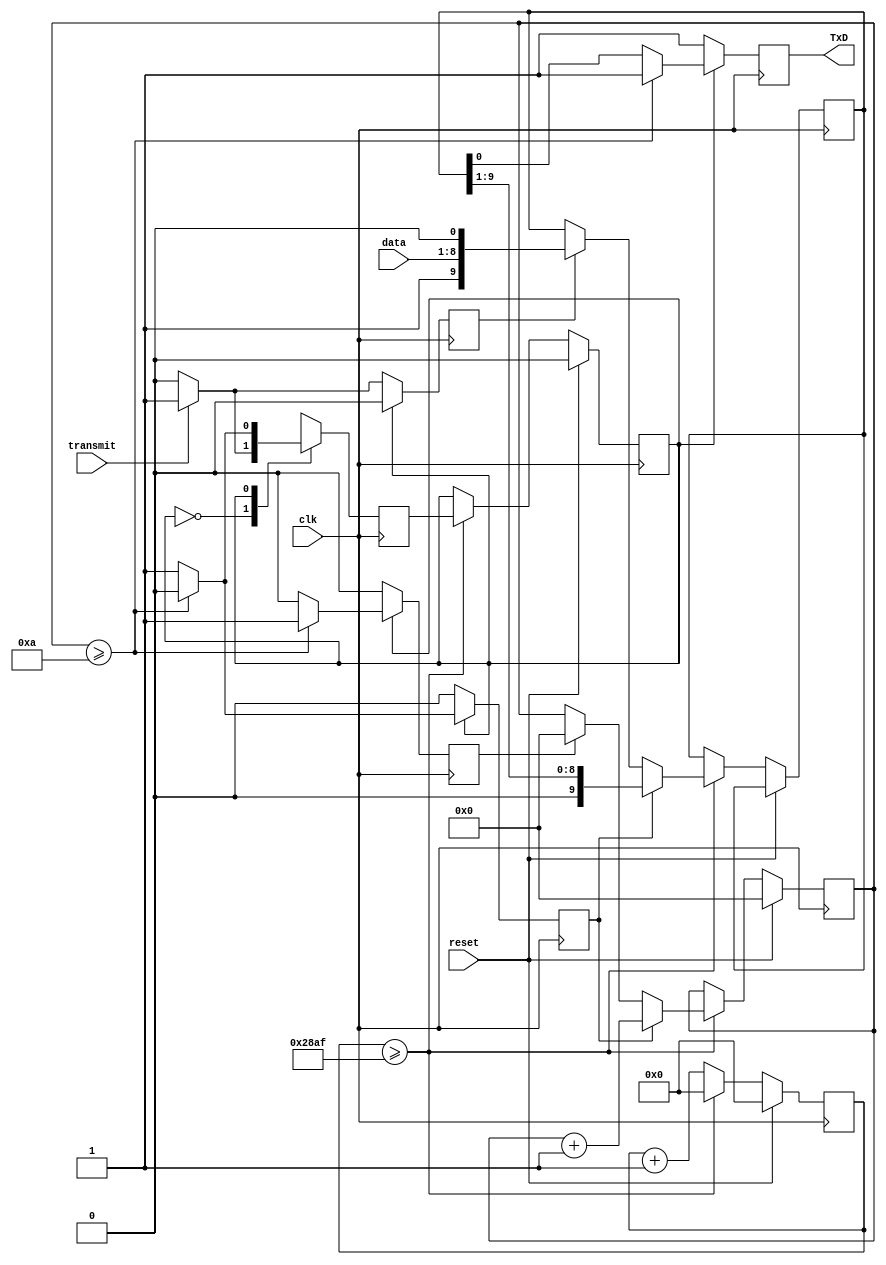
`timescale 1ns / 1ps
//////////////////////////////////////////////////////////////////////////////////
// Company: 
// Engineer: 
// 
// Design Name: 
// Module Name: transmitter
// Project Name: 
// Target Devices: 
// Tool Versions: 
// Description: 
// 
// Dependencies: 
// 
// Revision:
// Revision 0.01 - File Created
// Additional Comments:
// 
//////////////////////////////////////////////////////////////////////////////////


module transmitter(
input clk, 
input reset, 
input transmit, 
input [7:0] data, 
output reg TxD 
    );


reg [3:0] bitcounter; 
reg [13:0] counter; 
reg state,nextstate; 

reg [9:0] rightshiftreg; 
reg shift; 
reg load;
reg clear; 


always @ (posedge clk) 
begin 
    if (reset) 
	   begin 
        state <=0;
        counter <=0; 
        bitcounter <=0;
       end
    else begin
         counter <= counter + 1; 
            if (counter >= 10415) 
               begin 
                  state <= nextstate;
                  counter <=0;
            	  if (load) rightshiftreg <= {1'b1,data,1'b0};
		          if (clear) bitcounter <=0; 
                  if (shift) 
                     begin 
                        rightshiftreg <= rightshiftreg >> 1;
                        bitcounter <= bitcounter + 1; 
                     end
               end
         end
end 



always @ (posedge clk) 

begin
    load <=0; 
    shift <=0;
    clear <=0; 
    TxD <=1; 
    case (state)
        0: begin 
             if (transmit) begin 
             nextstate <= 1;
             load <=1; 
             shift <=0; 
             clear <=0; 
             end 
		else begin 
             nextstate <= 0; 
             TxD <= 1; 
             end
           end
        1: begin  
             if (bitcounter >=10) begin 
             nextstate <= 0;
             clear <=1; 
             end 
		else begin 
             nextstate <= 1; 
             TxD <= rightshiftreg[0];
             shift <=1; 
             end
           end
         default: nextstate <= 0;                      
    endcase
end


endmodule